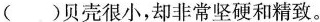
( )贝壳很小，却非常坚硬和精致。